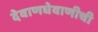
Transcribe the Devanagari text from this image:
देवाणघेवाणीची